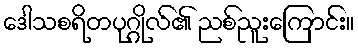
ဒေါသစရိတပုဂ္ဂိုလ်၏ ညစ်ညူးကြောင်း။